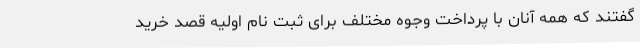
گفتند که همه آنان با پرداخت وجوه مختلف برای ثبت نام اولیه قصد خرید